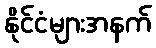
နိုင်ငံများအနက်